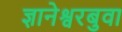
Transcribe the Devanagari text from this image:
ज्ञानेश्वरबुवा